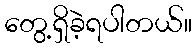
တွေ့ရှိခဲ့ရပါတယ်။